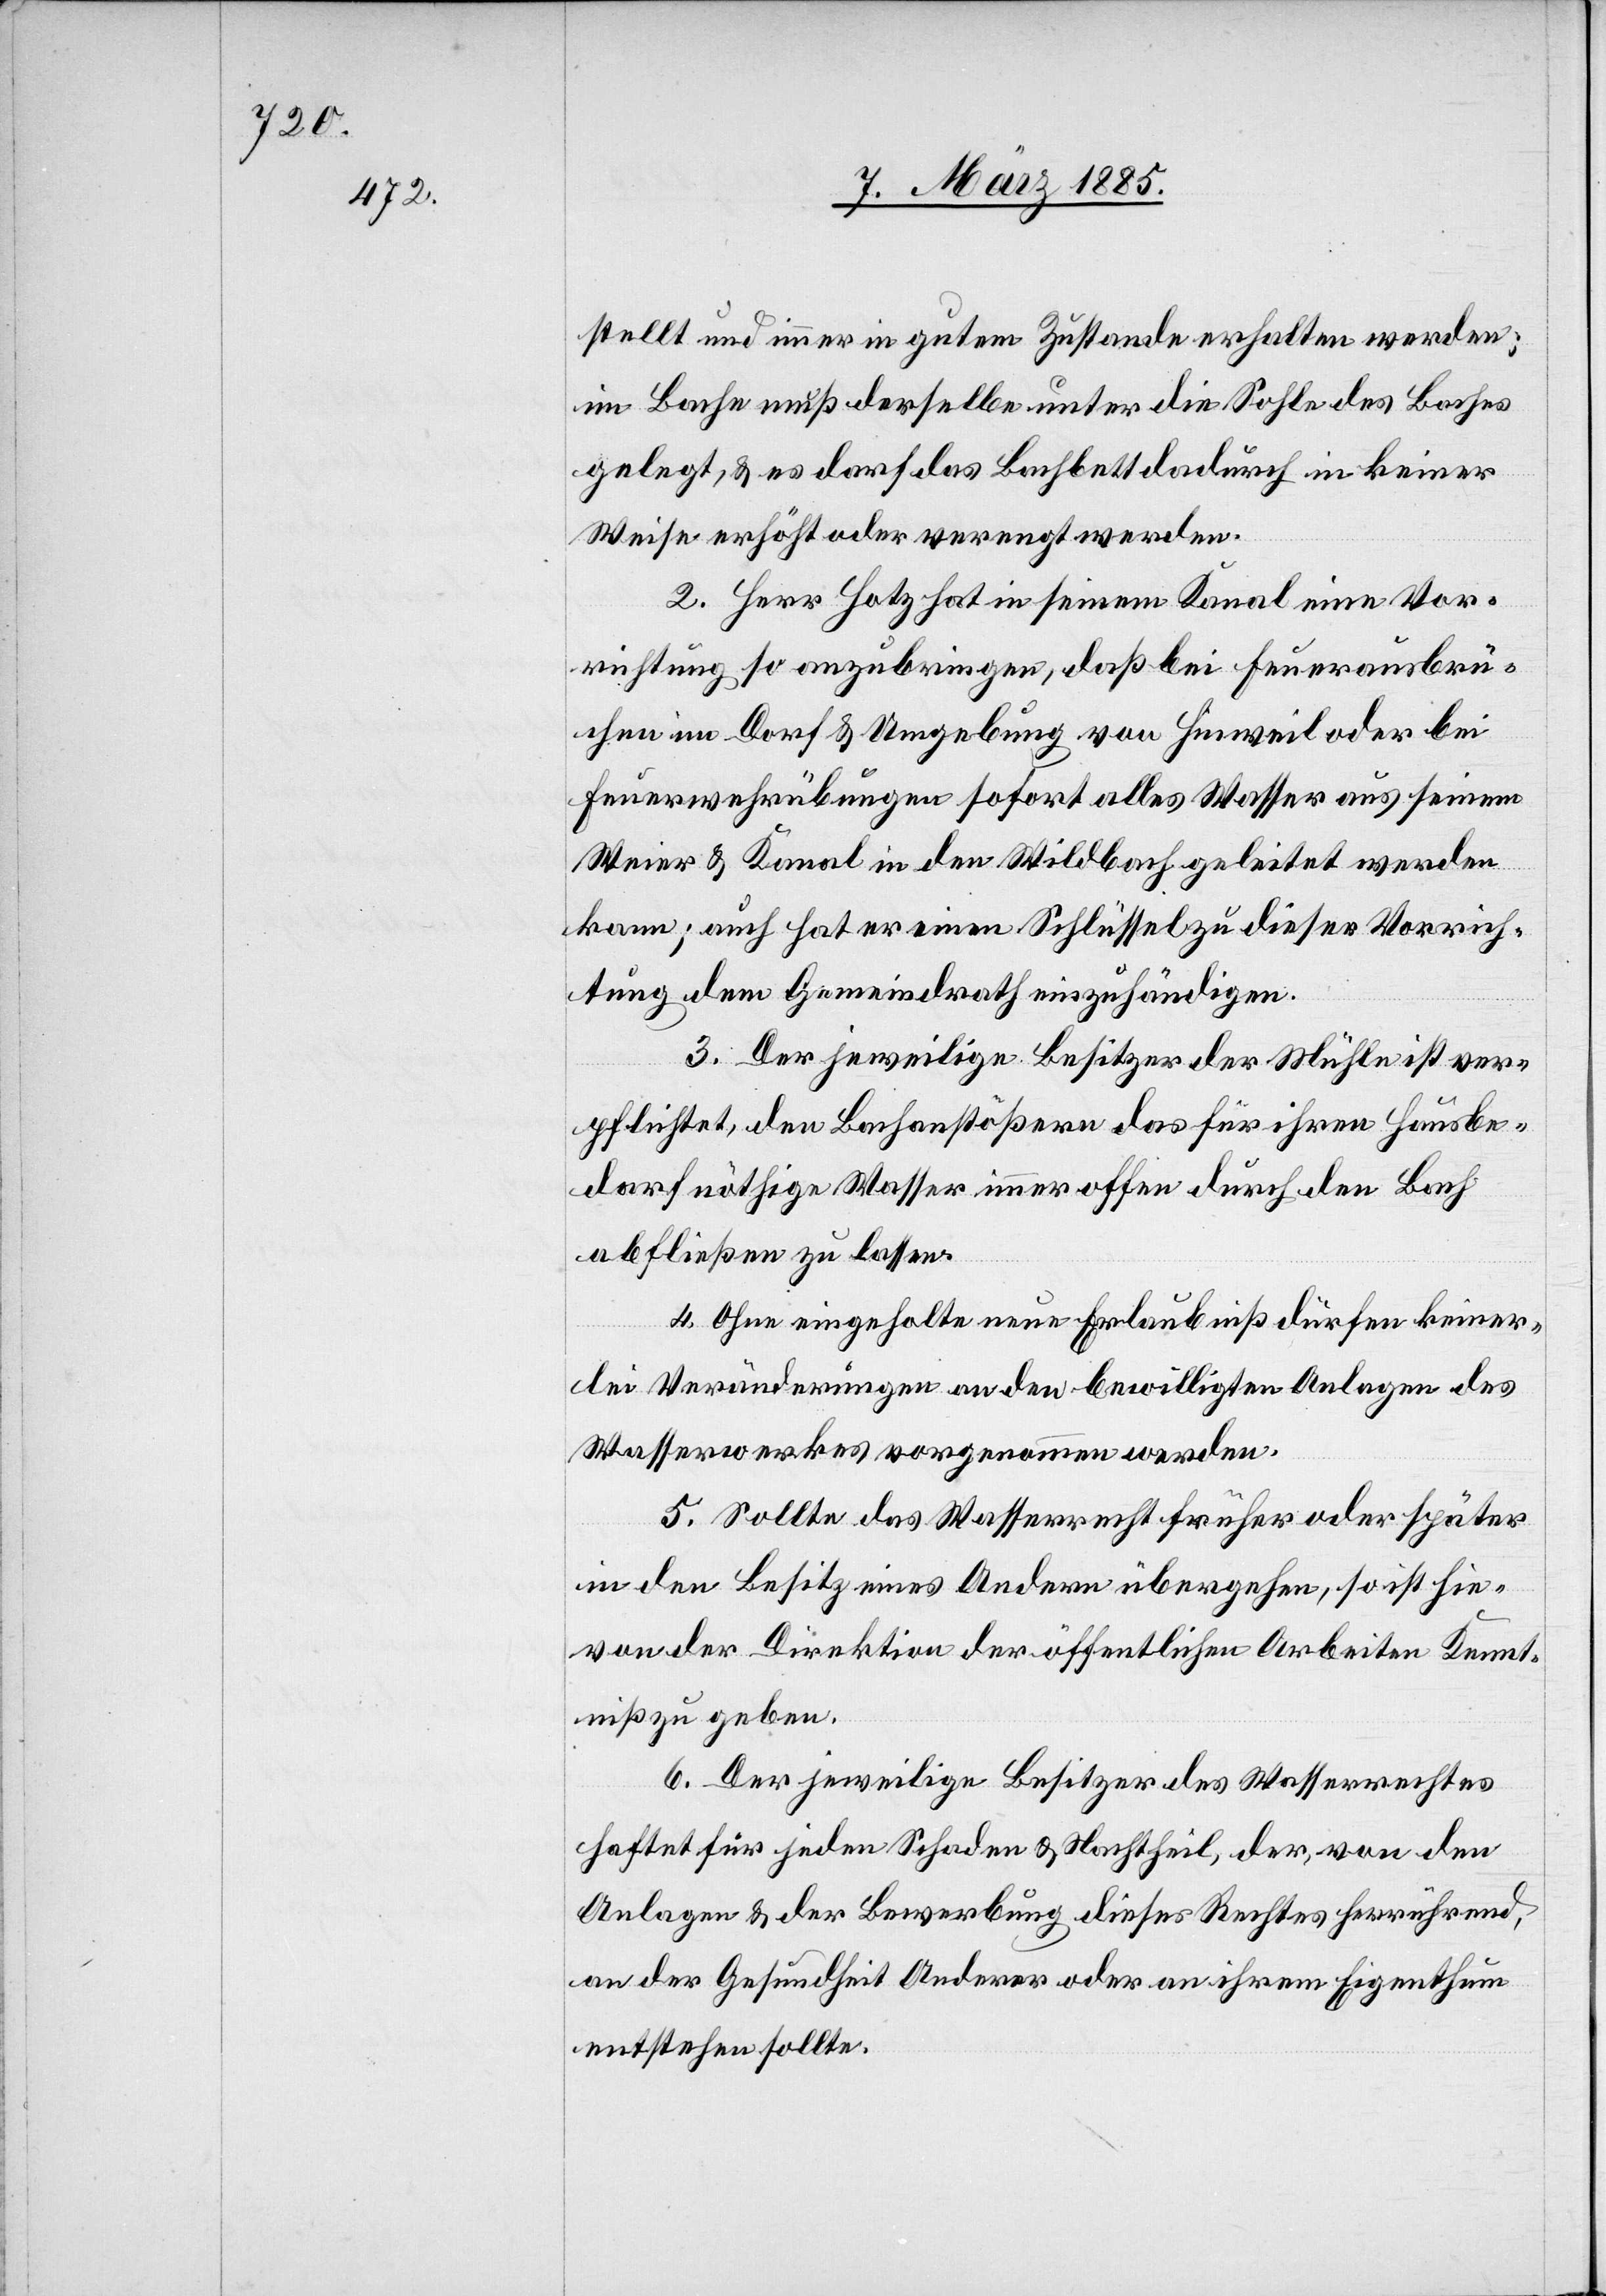
stellt und immer in guten Zustand erhalten werden;
im Bache muß derselbe unter die Sohle des Baches
gelegt, & es darf das Bachbett dadurch in keiner
Weise erhöht oder verengt werden.
2. Herr Hotz hat in seinem Kanal eine Vor¬
richtung so anzubringen, daß bei Feuerausbre¬
chen im Dorf & Umgebung von Hinweil oder bei
Feuerwehrübungen sofort alles Wasser aus seinem
Weier & Kanal in den Wildbach geleitet werden
kann; auch hat er einen Schlüssel zu dieser Vorrich¬
tung dem Gemeindrath einzuhändigen.
3. Der jeweilige Besitzer der Mühle ist ver¬
pflichtet, den Bachanstößern das für ihren Hausbe¬
darf nöthige Wasser immer offen durch den Bach
abfließen zu lassen.
4. Ohne eingeholte neue Erlaubniß dürfen keiner¬
lei Veränderungen an den bewilligten Anlagen des
Wasserwerkes vorgenommen werden.
5. Sollte das Wasserrecht früher oder später
in den Besitz eines Andern übergehen, so ist hie¬
von der Direktion der öffentlichen Arbeiten Kennt¬
niß zu geben.
6. Der jeweilige Besitzer des Wasserrechtes
haftet für jeden Schaden & Nachtheil, der, von den
Anlagen & der Bewerbung dieses Rechtes herrührend,
an der Gesundheit Anderer oder an ihrem Eigenthum
entstehen solle.